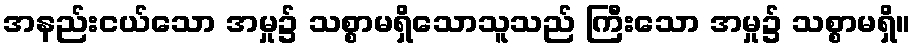
အနည်းငယ်သော အမှု၌ သစ္စာမရှိသောသူသည် ကြီးသော အမှု၌ သစ္စာမရှိ။